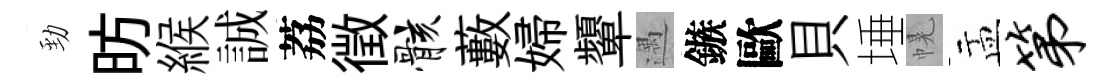
勁昉緱誠荔徵骸藪婦顰遇鏃歐貝埵幌盂第